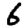
Digit: 6